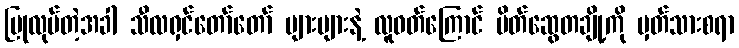
ပြုလုပ်တဲ့အခါ သီလရှင်တော်တော် များများနဲ့ လူဝတ်ကြောင် မိတ်ဆွေတချို့ကို မှတ်သားစရာ